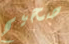
صحيح